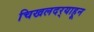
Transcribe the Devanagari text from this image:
चिखलदर्‍याहून